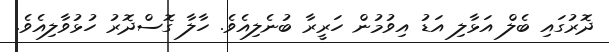
ދޮރުގައި ބެލް އަޅާލި އަޑު އިވުމުން ހަރީރާ ބުނެލިއެވެ. ހާލާ ގޮސްދޮރު ހުޅުވާލިއެވެ.